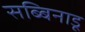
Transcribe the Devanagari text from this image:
सब्बिनाडू